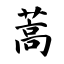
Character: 蒿